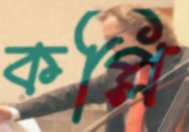
কপ্লি